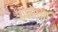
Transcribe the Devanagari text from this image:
उपरोधृत